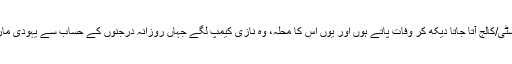
ہیروئن: حُور کا دنیاوی ورژن، اتنی حسین کہ روزانہ محلے کے بیس پچیس لڑکے اسے یونیورسٹی/کالج آتا جاتا دیکھ کر وفات پاتے ہوں اور یوں اس کا محلہ، وہ نازی کیمپ لگے جہاں روزانہ درجنوں کے حساب سے یہودی مارے جاتے تھے، اس سے یہ مطلب نہ نکالا جائے کہ ہیروئن یہودیوں کے محلے میں رہتی ہے۔